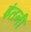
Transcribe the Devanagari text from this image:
इंतनी